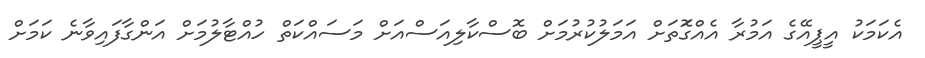
އެކަމަކު އީޕީއޭގެ އަމުރާ އެއްގޮަތަށް އަމަލުކުރުމަށް ބޮސްކާލިއަސްއަށް މަސައްކަތް ހުއްޓާލުމަށް އަންގާފައިވާނެ ކަމަށް